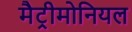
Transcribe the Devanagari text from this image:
मैट्रीमोनियल